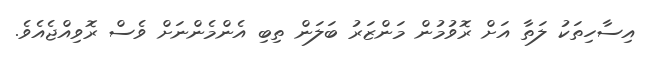
އިސާހިތަކު ލަތާ އަށް ރޮވުމުން މަންޒަރު ބަލަން ތިބި އެންމެންނަށް ވެސް ރޮވިއްޖެއެވެ.